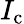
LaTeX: I_{\mathrm{c}}